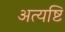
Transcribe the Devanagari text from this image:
अत्यष्टि